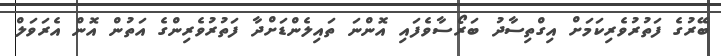
ބޭރުގެ ފަތުރުވެރިކަމަށް އިގްތިސާދު ބަރޯސާވެފައި އޮންނަ ތައިލެންޑަށްދާ ފަތުރުވެރިންގެ އަތުން އޮން އެރަވަލް